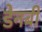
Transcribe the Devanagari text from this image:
डेनबी